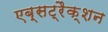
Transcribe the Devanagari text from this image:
एब्सट्रैक्शन